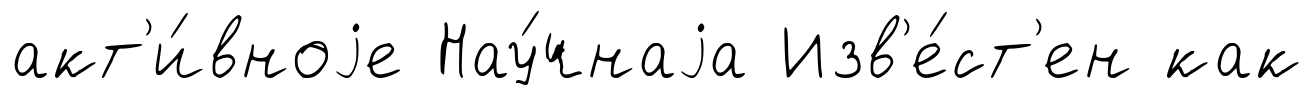
акт'и́вноjе Нау́чнаjа Изв'е́ст'ен как